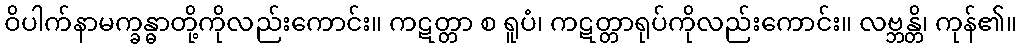
ဝိပါက်နာမက္ခန္ဓာတို့ကိုလည်းကောင်း။ ကဋတ္တာ စ ရူပံ၊ ကဋတ္တာရုပ်ကိုလည်းကောင်း။ လဗ္ဘန္တိ၊ ကုန်၏။